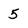
Character: 5